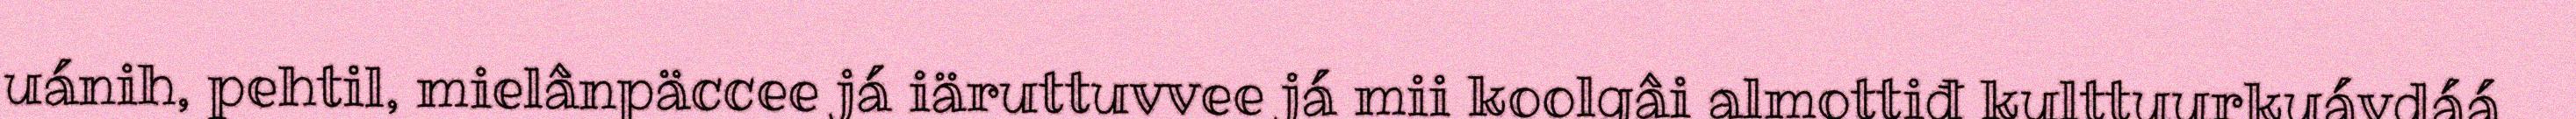
uánih, pehtil, mielânpäccee já iäruttuvvee já mii koolgâi almottiđ kulttuurkuávdáá